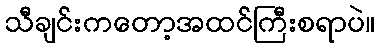
သီချင်းကတော့အထင်ကြီးစရာပဲ။